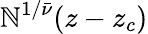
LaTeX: \mathbb{N}^{1/{\bar{{\nu}}}}(z-z_{c})